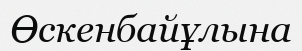
Өскенбайұлына